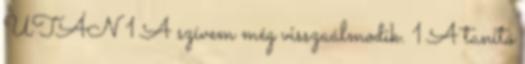
UTÁN 1 A szívem még visszaálmodik. 1 A tanító